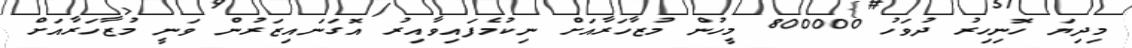
މިދިޔަ ހޮނިހިރު ދުވަހު 800000 މީހުން މުޒާހަރާއަށް ނިކުމެފައިވާއިރު އޮގަނައިޒަރުން ވަނީ މުޒާހަރާއަށް